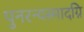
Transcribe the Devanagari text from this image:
पुनरन्यस्मादग्नि